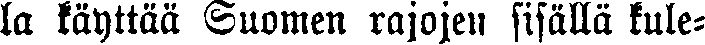
la käyttää Suomen rajojen sisällä kule-